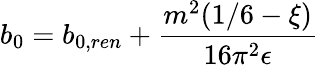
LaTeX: b_{0}=b_{0,ren}+{\frac{m^{2}(1/6-\xi)}{16\pi^{2}\epsilon}}